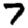
Digit: 7